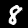
Label: 8